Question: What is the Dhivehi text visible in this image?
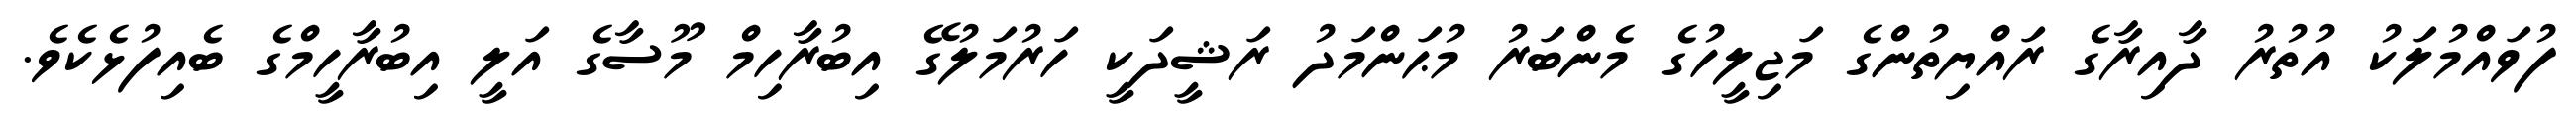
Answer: ފުވައްމުލަކު އުތުރު ދާއިރާގެ ރައްޔިތުންގެ މަޖިލީހުގެ މެންބަރު މުޙަންމަދު ރަޝީދަކީ ހަރުމަލުގޭ އިބުރާހިމް މޫސާގެ އަލީ އިބުރާހީމްގެ ބެއިފުޅެކެވެ.